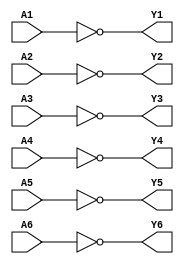
// -*- mode: verilog -*-

/*
 * 74x04: Hex (6) inverter gates
 */
module top(A1, Y1,
           A2, Y2,
           A3, Y3,
           A4, Y4,
           A5, Y5,
           A6, Y6);

   (* LOC = "FB1_1" *) input A1;
   (* LOC = "FB1_2" *) output Y1;

   (* LOC = "FB1_3" *) input A2;
   (* LOC = "FB1_4" *) output Y2;

   (* LOC = "FB1_5" *) input A3;
   (* LOC = "FB1_6" *) output Y3;

   (* LOC = "FB1_7" *) input A4;
   (* LOC = "FB1_8" *) output Y4;

   (* LOC = "FB1_9" *) input A5;
   (* LOC = "FB1_10" *) output Y5;

   (* LOC = "FB1_11" *) input A6;
   (* LOC = "FB1_12" *) output Y6;

   assign Y1 = !A1;
   assign Y2 = !A2;
   assign Y3 = !A3;
   assign Y4 = !A4;
   assign Y5 = !A5;
   assign Y6 = !A6;

endmodule